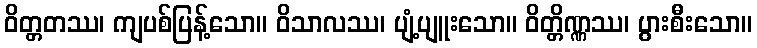
ဝိတ္တတဿ၊ ကျပစ်ပြန့်သော။ ဝိသာလဿ၊ ပျံ့ပျူးသော။ ဝိတ္တိဏ္ဏဿ၊ ပွားစီးသော။